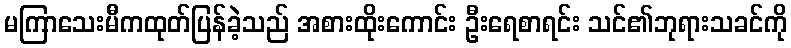
မကြာသေးမီကထုတ်ပြန်ခဲ့သည် အစားထိုးကောင်း ဦးရေစာရင်း သင်၏ဘုရားသခင်ကို